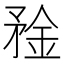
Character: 𰦑